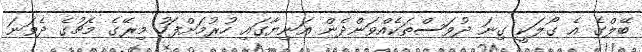
ބޭލްގެ އެ ގޯލަކީ ގިނަ ދުވަސްތަކެއްވަންދެން އަނިޔާގައި ހުރުމަށްފަހު މިރޭގެ މެޗުގެ ދެވަނަ